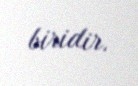
biridir.